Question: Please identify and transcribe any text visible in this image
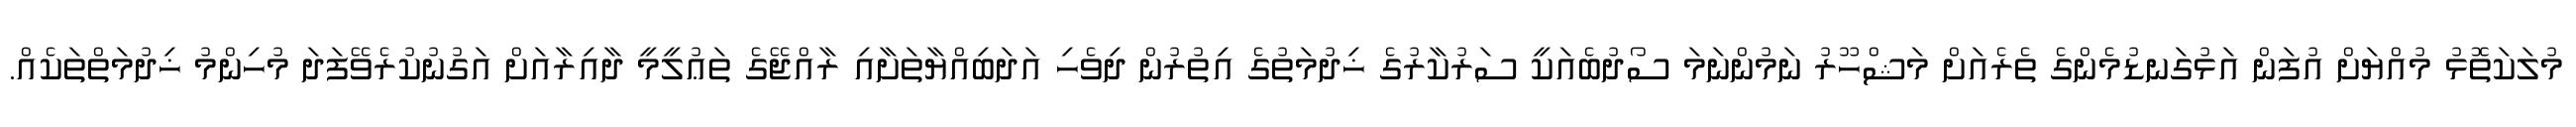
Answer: މުލަކަތޮޅު މުއްޔަށް އުފަން އަޅުގަނޑުމެންގެ ތެރެއަށް މަޝްހޫރު ނަމުންނަމަ ސޯދުބެއަކީ ސަރުކާރުގެ ޚިދުމަތުގެ އިތުރުން ދިވެހި އަދަބިއްޔާތަށާއި ރާއްޖޭގެ ތަޢުލީމީ ދާއިރާއަށް އަގުނުކުރެވޭފަދަ މުހިންމު ޚިދުމަތްތަކެއް.